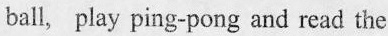
ball, play ping-pong and read the